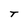
Character: t